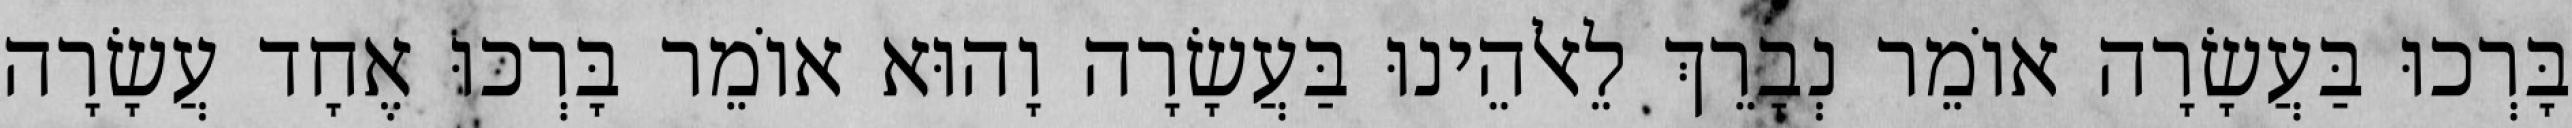
בָּרְכוּ בַּעֲשָׂרָה אוֹמֵר נְבָרֵךְ לֵאלֹהֵינוּ בַּעֲשָׂרָה וָהוּא אוֹמֵר בָּרְכוּ אֶחָד עֲשָׂרָה